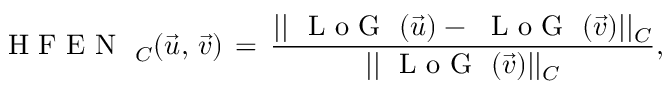
\mathrm { ~ { ~ H ~ F ~ E ~ N ~ } ~ } _ { C } ( \vec { u } , \, \vec { v } ) \, = \, \frac { | | \mathrm { ~ { ~ L ~ o ~ G ~ } ~ } ( \vec { u } ) - \mathrm { ~ { ~ L ~ o ~ G ~ } ~ } ( \vec { v } ) | | _ { C } } { | | \mathrm { ~ { ~ L ~ o ~ G ~ } ~ } ( \vec { v } ) | | _ { C } } ,